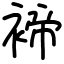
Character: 褅